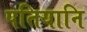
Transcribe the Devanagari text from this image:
पतियानि